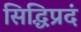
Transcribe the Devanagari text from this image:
सिद्धिप्रदं